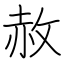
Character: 赦